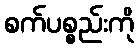
စက်ပစ္စည်းကို